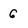
Character: 6